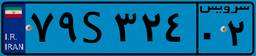
۷۹S۳۲۴۰۲